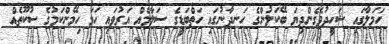
ހަމަލާގައި ޝަހީދުވެގެންދިޔަ ބޭކަލުންގެ ހަނދާނުގައި ހަތްބަޑީގެ ސަލާމެއް އަރުވައި ހަމަ ހިމޭންކަމުގެ ސުކޫތެއް